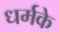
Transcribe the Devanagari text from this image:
धर्मके